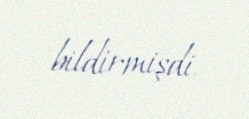
bildirmişdi.